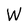
Character: W